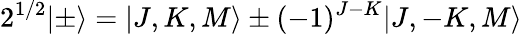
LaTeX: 2^{1/2}\lvert\pm\rangle=\lvert J,K,M\rangle\pm(-1)^{J-K}\lvert J,-K,M\rangle